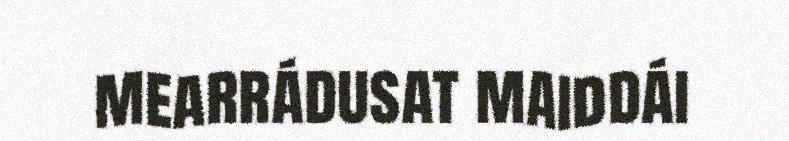
mearrádusat maiddái